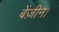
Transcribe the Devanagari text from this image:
बेंज़ीन।